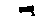
r